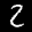
Label: 2